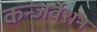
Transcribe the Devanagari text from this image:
कन्जर्वेशन